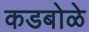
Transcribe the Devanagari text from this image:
कडबोळे